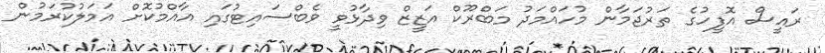
ރައީސް އޮފީހުގެ ތަރުޖަމާން މުހައްމަދު މަބްރޫކް އަޒީޒް ވިދާޅުވީ ވެބްސައިޓުގައި އާއްމުކޮށް އަމަލުކުރަމުން